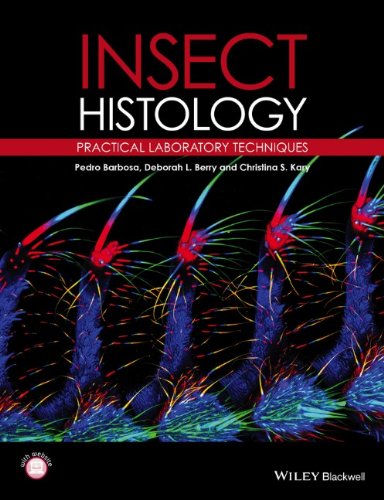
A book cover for Insect Histology: Practical Laboratory Techniques; Pedro Barbosa; Medical Books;